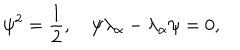
\psi ^ { 2 } = { \frac { 1 } { 2 } } , \quad \psi \lambda _ { \alpha } - \lambda _ { \alpha } \psi = 0 ,